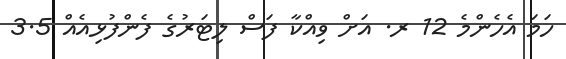
ހަމަ އެހެންމެ 12 ރ. އަށް ވިއްކާ ފަސް ލިޓަރުގެ ފެންފުޅިއެއް 3.5